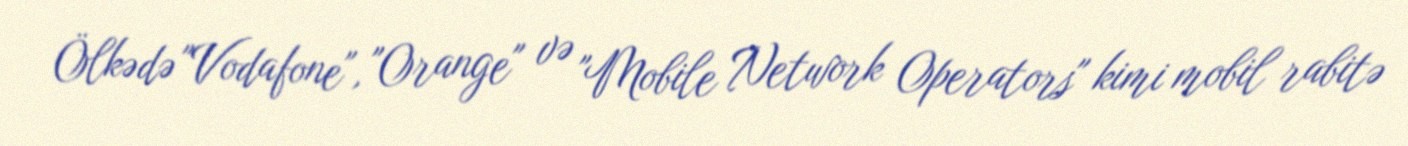
Ölkədə "Vodafone", "Orange" və "Mobile Network Operators" kimi mobil rabitə